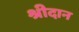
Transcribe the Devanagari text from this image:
श्रीदान